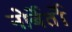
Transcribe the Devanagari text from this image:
नोर्बेर्तो